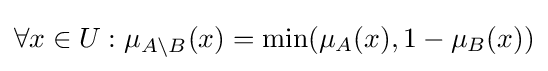
\forall x\in U:\mu _{A\setminus {B}}(x)=\min(\mu _{A}(x),1-\mu _{B}(x))